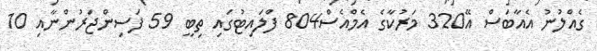
ގެއްލުނު އެއާބަސް އޭ320 މަރުކާގެ އެމްއެސް804 ފްލައިޓުގައި ތިބީ 59 ފަސިންޖަރުންނާއި 10